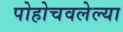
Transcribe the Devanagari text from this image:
पोहोचवलेल्या